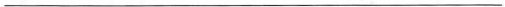
___